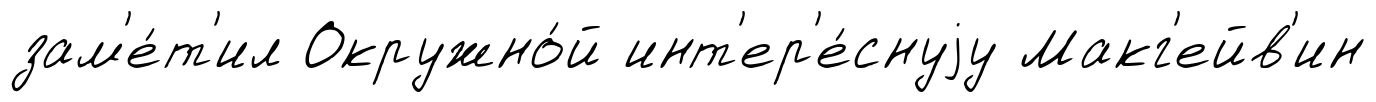
зам'е́т'ил Окружно́й инт'ер'е́снуjу Макг'ейв'ин